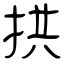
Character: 拱